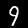
Digit: 9